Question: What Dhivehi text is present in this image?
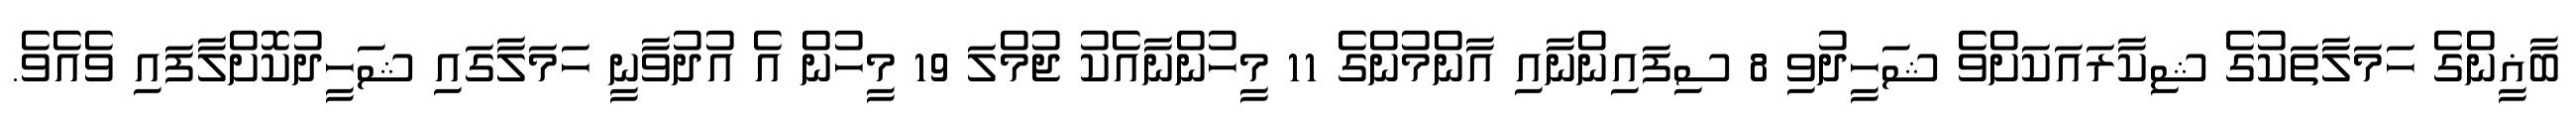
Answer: ބާޣީންގެ ހަމަލާތަކުގެ ޝިކާރައަކަށްވެ ޝަހީދުވި 8 ސިފައިންނާއި އާންމުންގެ 11 މީހުންނާއެކު ޖުމްލަ 19 މީހުން އެ އުދުވާނީ ހަމަލާގައި ޝަހީދުކޮށްލާފައި ވެއެވެ.